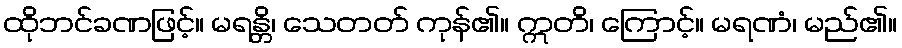
ထိုဘင်ခဏဖြင့်။ မရန္တိ၊ သေတတ် ကုန်၏။ ဣတိ၊ ကြောင့်။ မရဏံ၊ မည်၏။